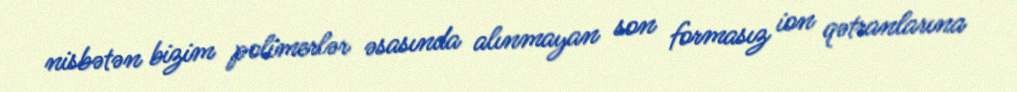
nisbətən bizim polimerlər əsasında alınmayan son formasız ion qətranlarına